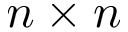
n \times n